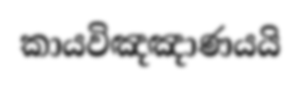
කායවිඤඤාණයයි